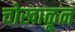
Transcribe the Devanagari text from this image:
चोखाळून